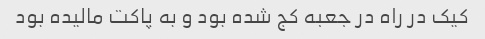
کیک در راه در جعبه کج شده بود و به پاکت مالیده بود